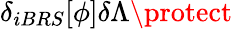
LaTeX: \delta_{iBRS}[\phi]\delta\Lambda\protect